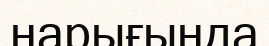
нарығында